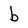
Character: b